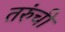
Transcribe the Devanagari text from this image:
तरुंची